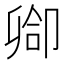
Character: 𫧻